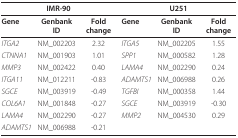
| <COLSPAN=3> IMR-90 | <COLSPAN=3> U251 |
 | --- | --- | --- | --- | --- | --- |
 | Gene | Genbank ID | Fold change | Gene | Genbank ID | Fold change |
 | ITGA2 | NM_002203 | 2.32 | ITGA5 | NM_002205 | 1.55 |
 | CTNNA1 | NM_001903 | 1.01 | SPP1 | NM_000582 | 1.28 |
 | MMP3 | NM_002422 | 0.40 | LAMA4 | NM_002290 | 0.24 |
 | ITGA11 | NM_012211 | -0.83 | ADAMTS1 | NM_006988 | 0.26 |
 | SGCE | NM_003919 | -0.49 | TGFBI | NM_000358 | 1.44 |
 | COL6A1 | NM_001848 | -0.27 | SGCE | NM_003919 | -0.30 |
 | LAMA4 | NM_002290 | -0.27 | MMP2 | NM_004530 | 0.29 |
 | ADAMTS1 | NM_006988 | -0.21 |  |  |  |